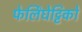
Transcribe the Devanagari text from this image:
फेर्लिंघेट्टिको